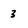
Character: 3